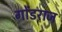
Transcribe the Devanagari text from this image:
गोंडराज